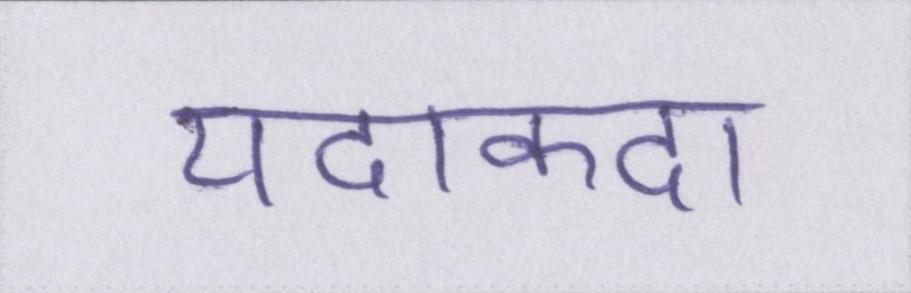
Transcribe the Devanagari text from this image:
यदाकदा